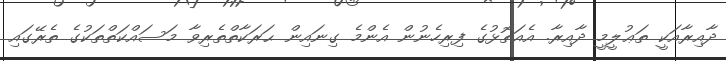
ދާއިރާއަކީ ތަޢުލީމީ ދާއިރާ. އެއަތޮޅުގެ ފިރިހެނުން އެންމެ ގިނައިން ޙަރަކާތްތެރިވާ މަސައްކަތްތަކުގެ ތެރޭގައި